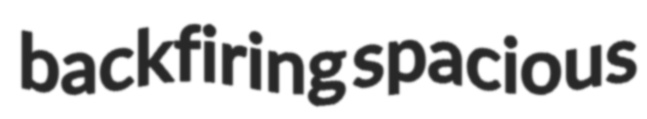
backfiring spacious